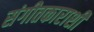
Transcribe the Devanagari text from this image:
संगीतकाराशी